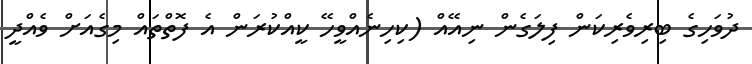
ދުވަހިގެ ބިރިވެރިކަން ފިލަގެން ނިއޭއް (ކިހިނެއްވީހޭ ކީއްކުރަން އެ ފޮތްތައް މިގެއަށް ވެއްދީ